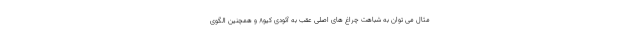
مثال می توان به شباهت چراغ های اصلی عقب به آئودی کیو8 و همچنین الگوی